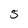
Character: 5